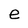
Character: e